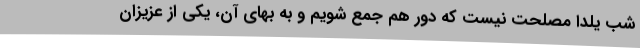
شب یلدا مصلحت نیست که دور هم جمع شویم و به بهای آن، یکی از عزیزان